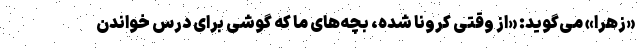
«زهرا» می‌گوید: «از وقتی کرونا شده، بچه‌های ما که گوشی برای درس خواندن